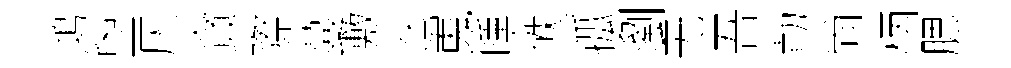
鴻盥仄貪際蔓敷迄嵬曛帙孤瀏无吾勣尙柄腮